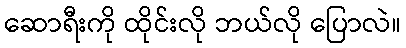
ဆောရီးကို ထိုင်းလို ဘယ်လို ပြောလဲ။